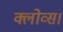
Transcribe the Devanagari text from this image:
क्लोव्स।